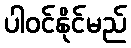
ပါဝင်နိုင်မည်